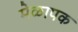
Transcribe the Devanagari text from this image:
मेळापक